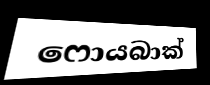
ෆොයබාක්